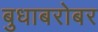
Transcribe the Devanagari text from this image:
बुधाबरोबर